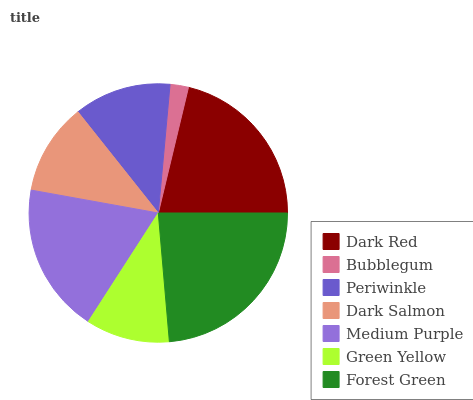
| Dark Red | Bubblegum | Periwinkle | Dark Salmon | Medium Purple | Green Yellow | Forest Green |
 | --- | --- | --- | --- | --- | --- | --- |
 | 21.3% | 2.29% | 12.1% | 11.5% | 18.7% | 10.5% | 23.7% |